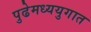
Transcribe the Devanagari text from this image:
पुढेमध्ययुगात